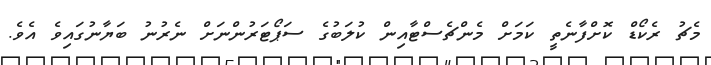
މެޗު ރެކޯޑް ކޮށްފާނެތީ ކަމަށް މެންޗެސްޓާއިން ކުލަބުގެ ސަޕޯޓަރުންނަށް ނެރުނު ބަޔާނުގައިވެ އެވެ.